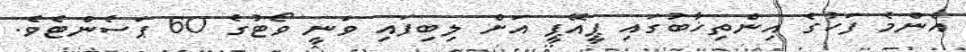
އެންމެ ފަހުގެ އިންތިޚާބުގައި ޕީއޭޕީ އަށް ލިބިފައި ވަނީ ވޯޓުގެ 60 ޕަސެންޓެވެ.